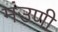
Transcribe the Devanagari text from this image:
मंउणी